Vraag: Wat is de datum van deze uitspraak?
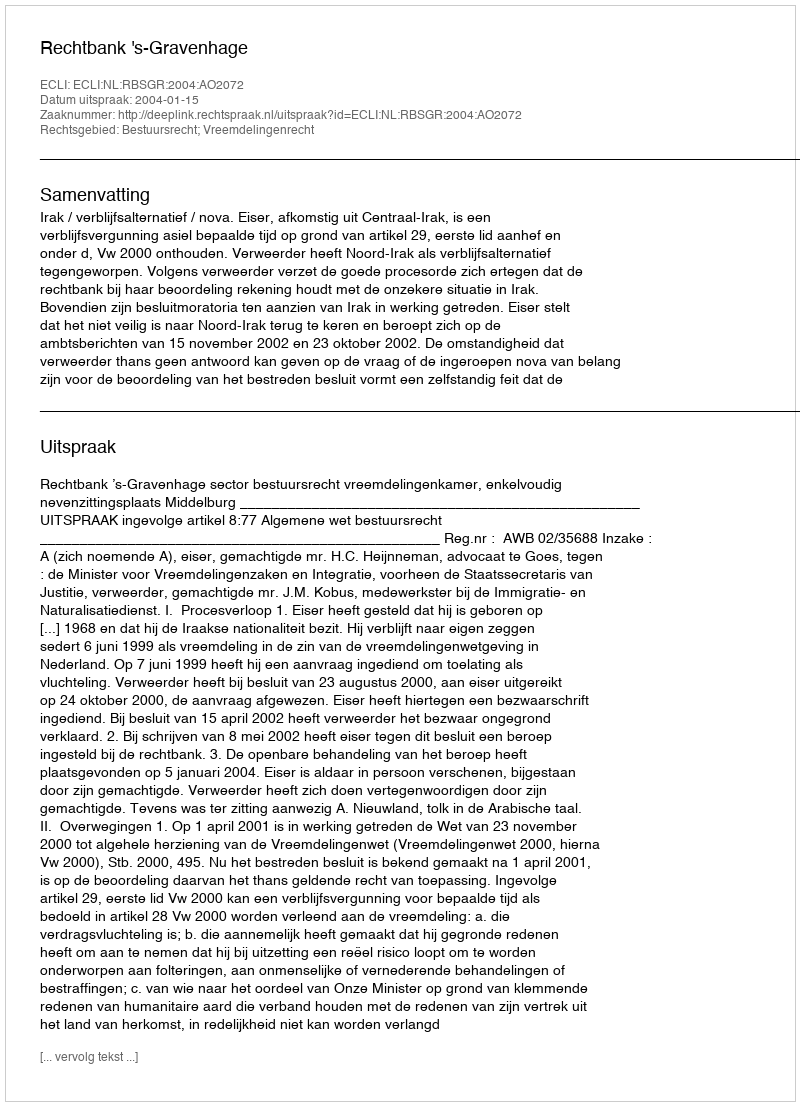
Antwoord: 2004-01-15